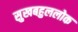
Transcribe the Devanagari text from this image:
सुखबहुललोक